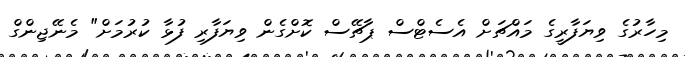
މިހާރުގެ ވިޔަފާރީގެ މައްޗަށް އެސެޓްސް ޕާޗޭސް ކޮށްގެން ވިޔަފާރި ފުޅާ ކުރުމަށް" މެނޭޖިންގް